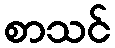
စာသင်